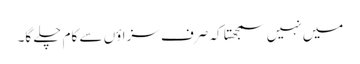
میں نہیں سمجھتا کہ صرف سزاؤں سے کام چلے گا۔